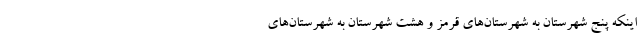
اینکه پنج شهرستان به شهرستان‌های قرمز و هشت شهرستان به شهرستان‌های